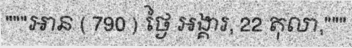
"""អាន ( 790 ) ថ្ងៃ អង្គារ, 22 តុលា,"""